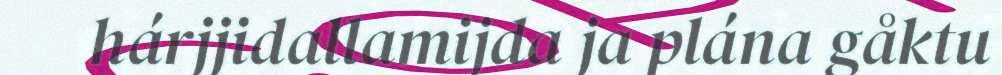
hárjjidallamijda ja plána gåktu